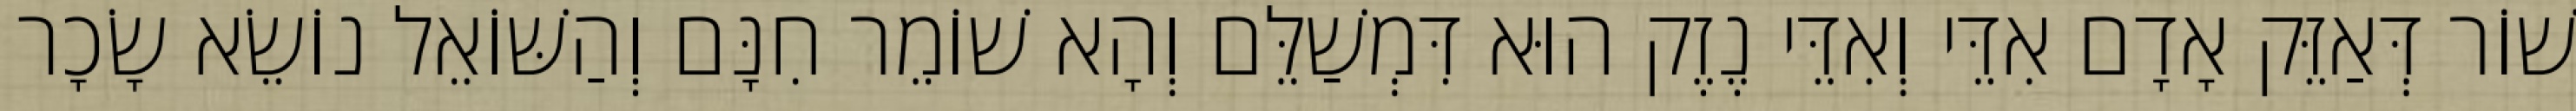
שׁוֹר דְּאַזֵּק אָדָם אִדֵּי וְאִדֵּי נֶזֶק הוּא דִּמְשַׁלֵּם וְהָא שׁוֹמֵר חִנָּם וְהַשּׁוֹאֵל נוֹשֵׂא שָׂכָר